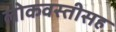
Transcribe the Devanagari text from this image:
लोकवस्तीसह